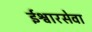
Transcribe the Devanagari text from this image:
ईश्वारसेवा